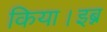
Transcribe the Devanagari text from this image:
किया।इब्न